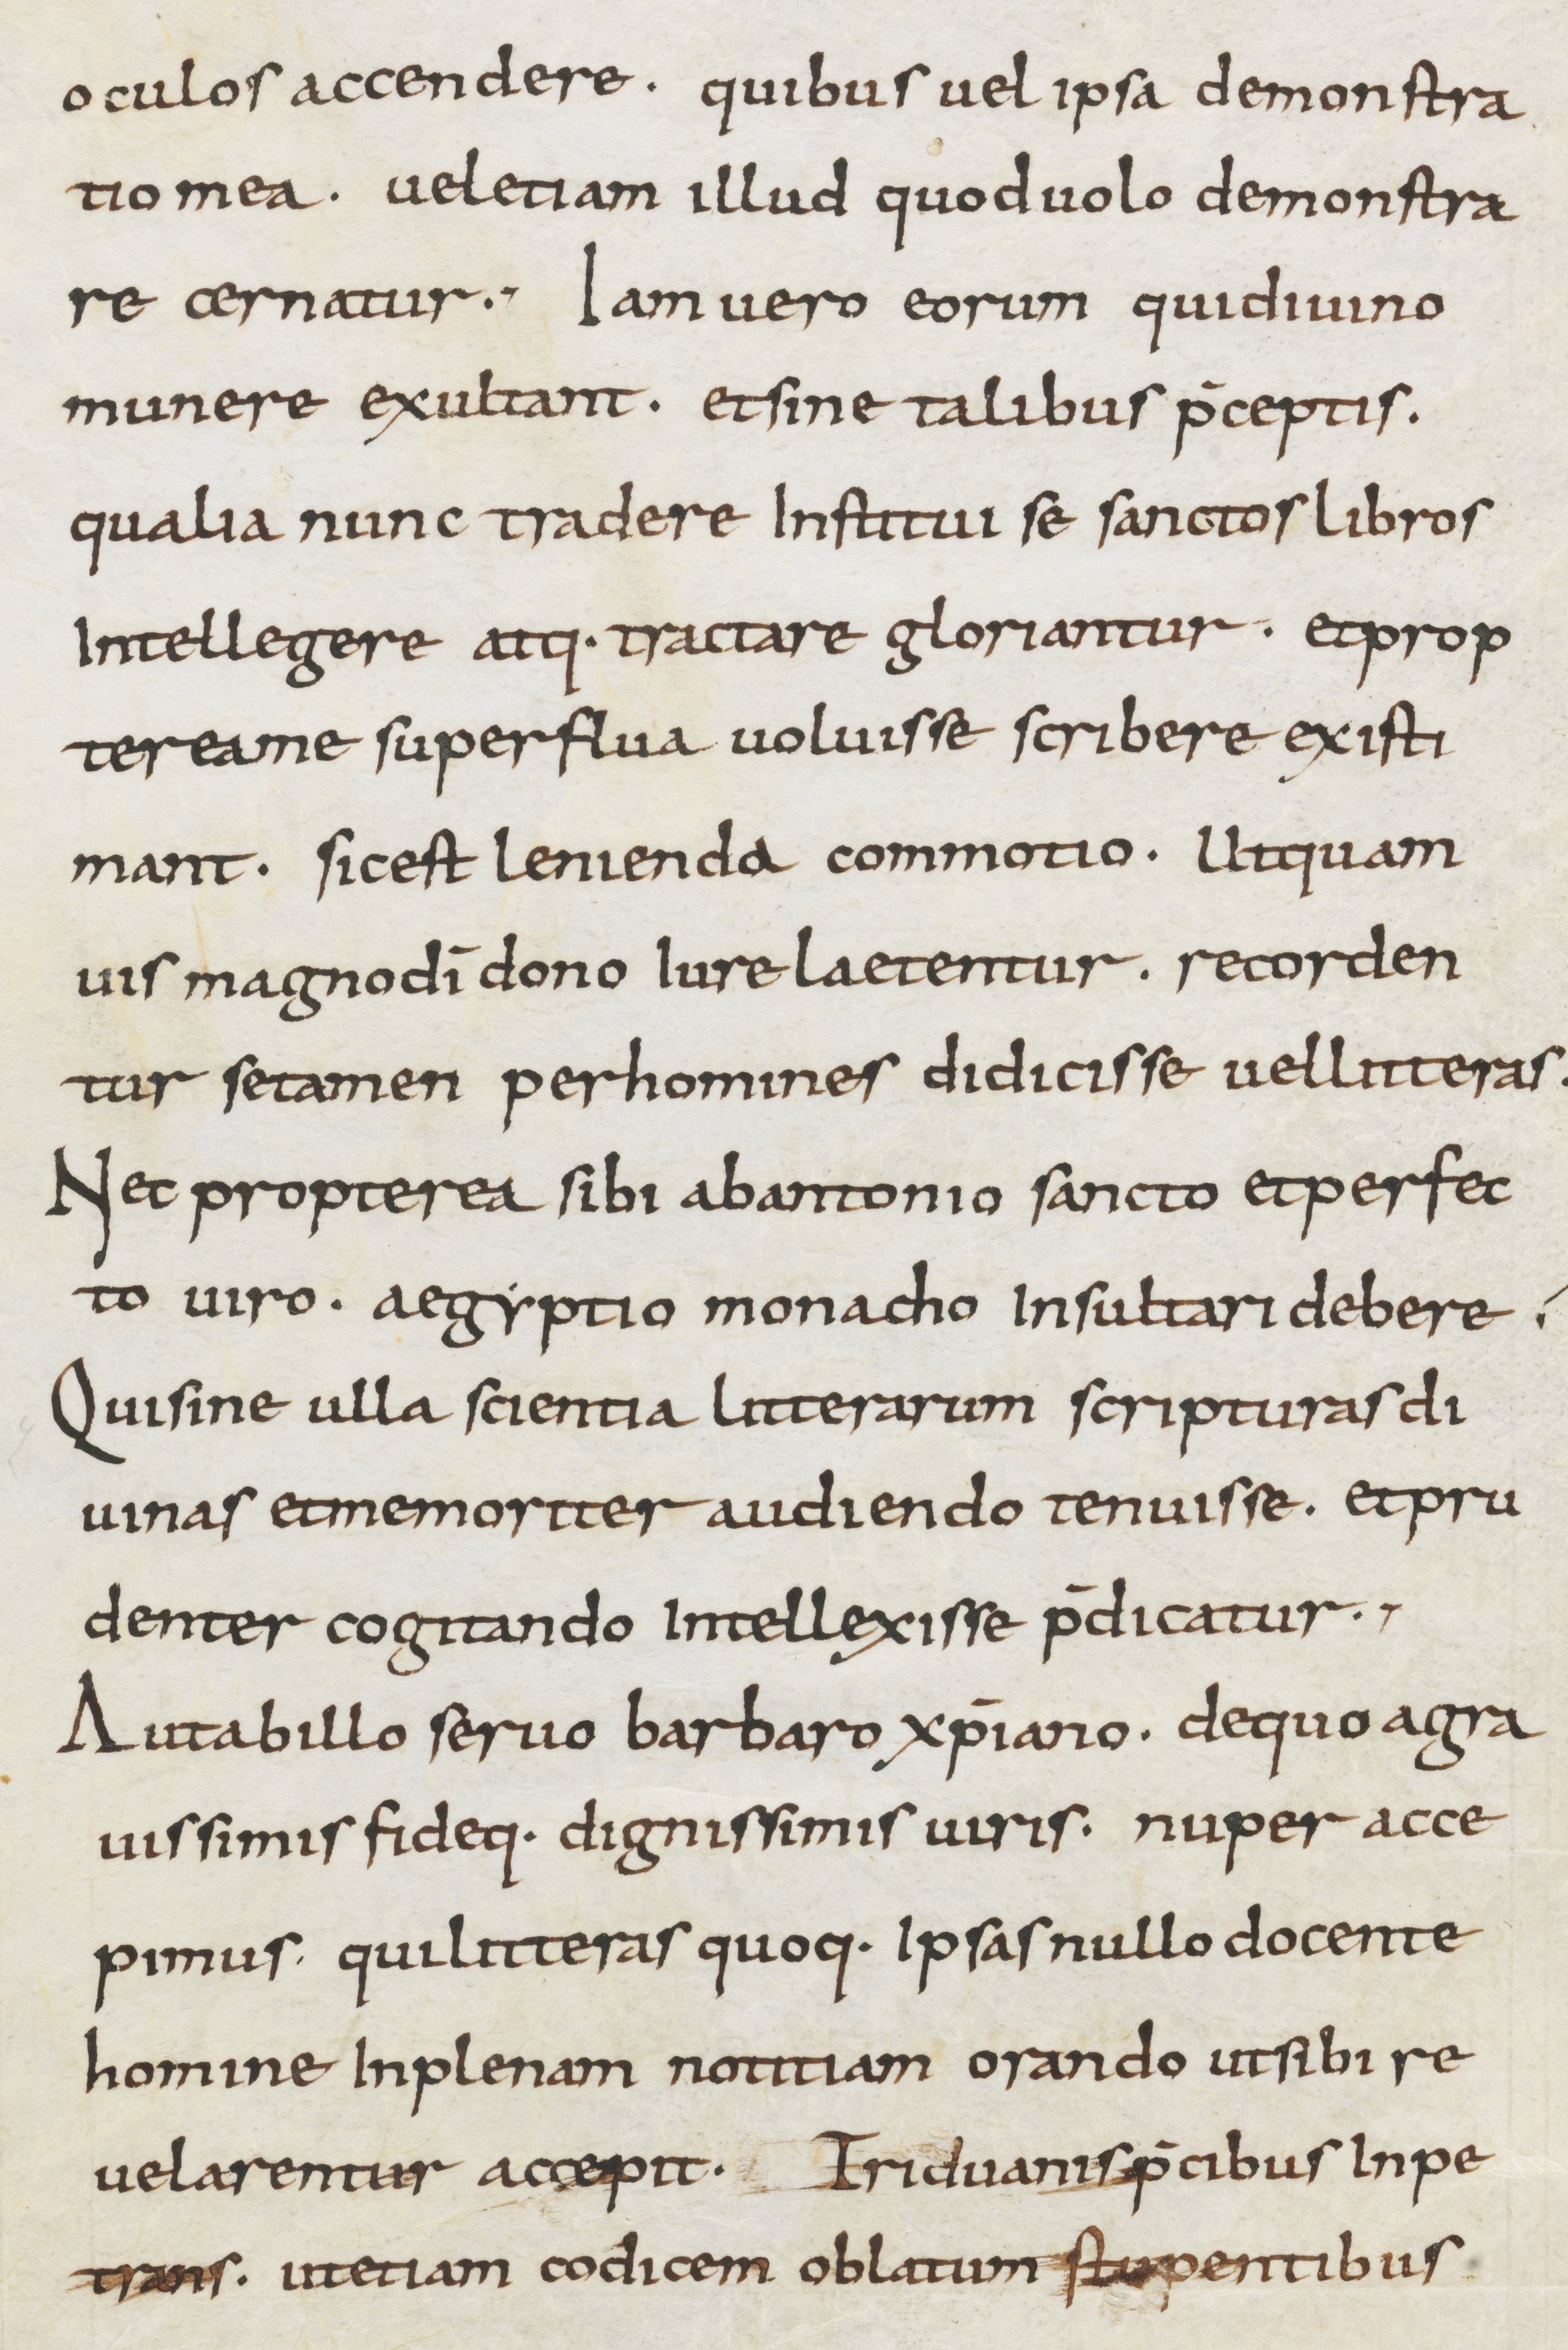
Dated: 800–899